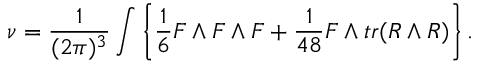
\nu = { \frac { 1 } { ( 2 \pi ) ^ { 3 } } } \int \left\{ { \frac { 1 } { 6 } } F \wedge F \wedge F + { \frac { 1 } { 4 8 } } F \wedge t r ( R \wedge R ) \right\} .